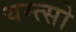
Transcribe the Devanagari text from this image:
यम्त्सो